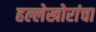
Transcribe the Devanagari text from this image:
हल्लेखोरांचा